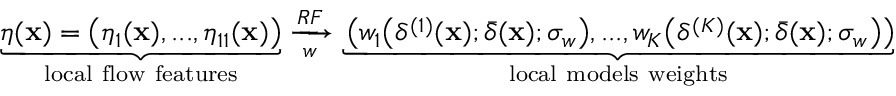
\underbrace { \boldsymbol { \eta } ( \mathbf { x } ) = \bigl ( \eta _ { 1 } ( \mathbf { x } ) , . . . , \eta _ { 1 1 } ( \mathbf { x } ) \bigr ) } _ { \mathrm { l o c a l ~ f l o w ~ f e a t u r e s } } \xrightarrow [ w ] { R F } \underbrace { \left( w _ { 1 } \bigl ( \delta ^ { ( 1 ) } ( \mathbf { x } ) ; \bar { \delta } ( \mathbf { x } ) ; \sigma _ { w } \bigr ) , . . . , w _ { K } \bigl ( \delta ^ { ( K ) } ( \mathbf { x } ) ; \bar { \delta } ( \mathbf { x } ) ; \sigma _ { w } \bigr ) \right) } _ { \mathrm { l o c a l ~ m o d e l s ~ w e i g h t s } }